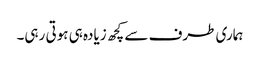
ہماری طرف سے کچھ زیادہ ہی ہوتی رہی۔